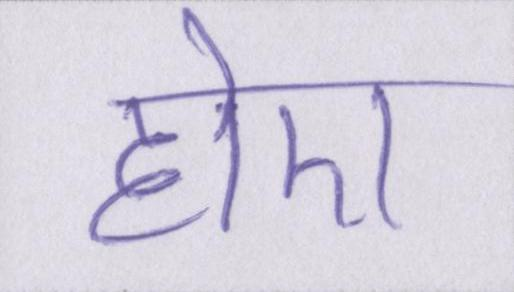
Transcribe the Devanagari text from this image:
होए